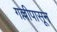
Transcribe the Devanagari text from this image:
गल्लीपासून